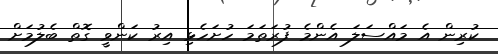
ކުރިން އެ މައްސަލަ އެންމެ ފުރަތަމަ ހުށަހެޅި އިރު ކަންވީ ގޮތް ބެލުމަށް